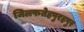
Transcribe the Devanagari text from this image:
जिलफतेहपुरहपुर